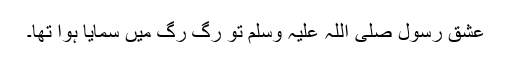
عشقِ رسول صلی اللہ علیہ وسلم تو رگ رگ میں سمایا ہوا تھا۔